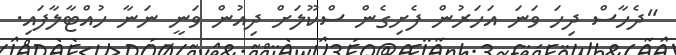
"ދެހާސް ދިހަ ވަނަ އަހަރުން ފެށިގެން ސްކޫލަށް ދިއުން ވަނީ ނަނާ ހުއްޓާލާފައި.